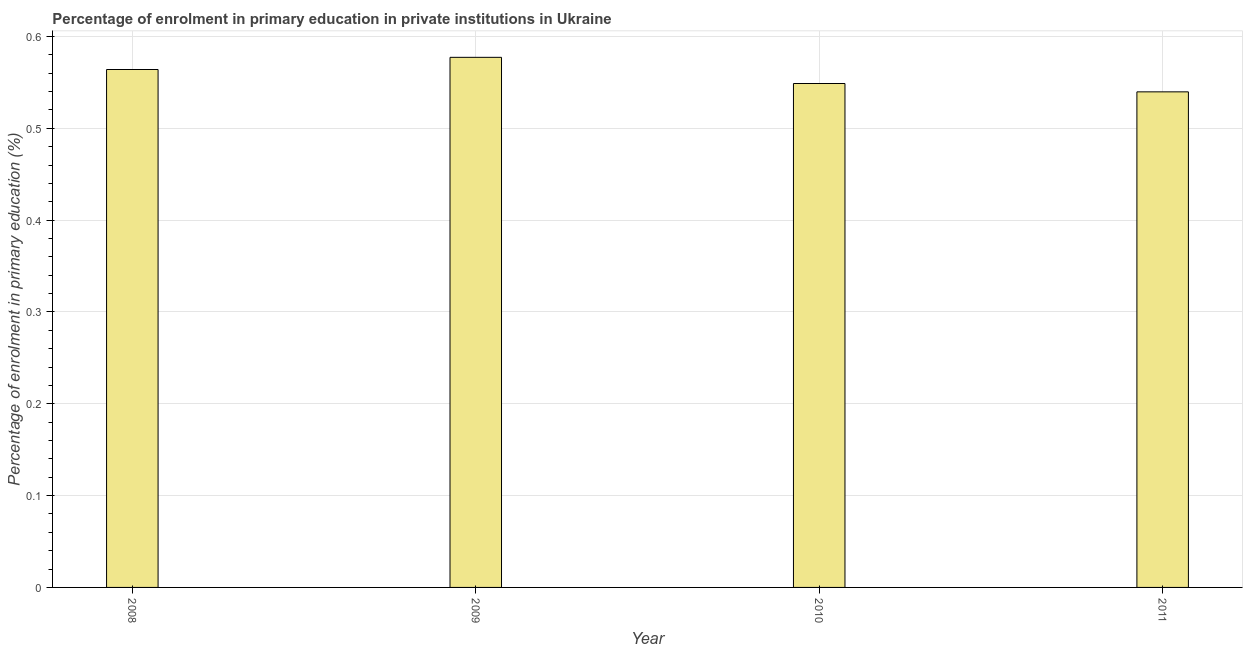
| Year | Enrolment  |
 | --- | --- |
 | 2008 | 0.564 |
 | 2009 | 0.577 |
 | 2010 | 0.549 |
 | 2011 | 0.54 |